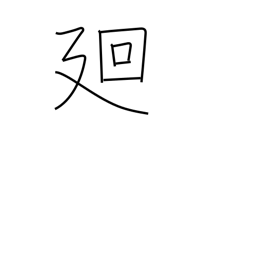
Meaning: circumference